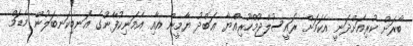
ބާރަށް ކުރިއަށްދަނީ އެކަމަށް ރައީސުލްޖުމްހޫރިއްޔާ ޢަބްދު ޔާމީން އާއި އެމަނިކުފާނުގެ އަނބިކަނބަލުން މެޑަމް